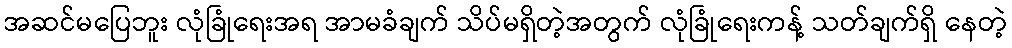
အဆင်မပြေဘူး လုံခြုံရေးအရ အာမခံချက် သိပ်မရှိတဲ့အတွက် လုံခြုံရေးကန့် သတ်ချက်ရှိ နေတဲ့